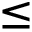
\le